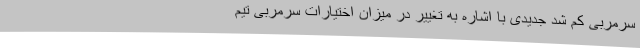
سرمربی کم شد جدیدی با اشاره به تغییر در میزان اختیارات سرمربی تیم